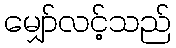
မျှော်လင့်သည်